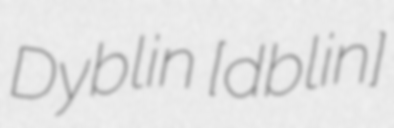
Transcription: Dyblin [ˈdɨblin]